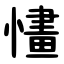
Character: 㦎